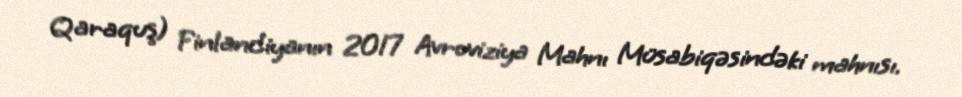
Qaraquş) Finlandiyanın 2017 Avroviziya Mahnı Müsabiqəsindəki mahnısı.